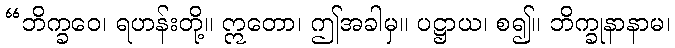
“ဘိက္ခဝေ၊ ရဟန်းတို့။ ဣတော၊ ဤအခါမှ။ ပဋ္ဌာယ၊ စ၍။ ဘိက္ခုနာနာမ၊